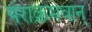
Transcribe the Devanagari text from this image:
पराक्रमवान्